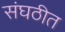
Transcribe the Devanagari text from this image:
संघठीत